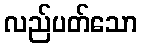
လည်ပတ်သော